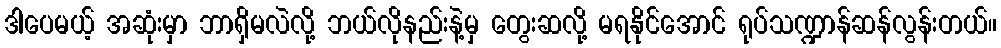
ဒါပေမယ့် အဆုံးမှာ ဘာရှိမလဲလို့ ဘယ်လိုနည်းနဲ့မှ တွေးဆလို့ မရနိုင်အောင် ရုပ်သဏ္ဍာန်ဆန်လွန်းတယ်။